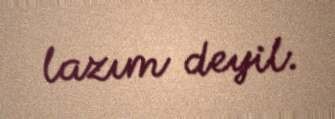
lazım deyil.